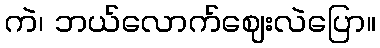
ကဲ၊ ဘယ်လောက်ဈေးလဲပြော။